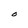
Character: O